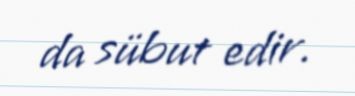
da sübut edir.